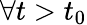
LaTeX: \forall t>t_{0}